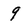
Character: 9